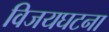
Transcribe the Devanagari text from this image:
विजयघटना